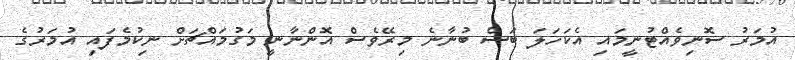
އުމަރު ސޮނިވެއްޓުނީމައި އެކަހަލަ ބަސް ބުނާނެ މިރޭވެސް އޮންނާނީ މަގުމައްޗަށް ނިކުމެފައި އުމަރުގެ